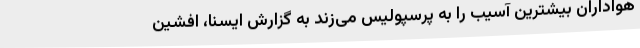
هواداران بیشترین آسیب را به پرسپولیس می‌زند به گزارش ایسنا، افشین